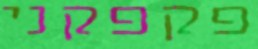
פקפקני